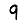
Digit: 9